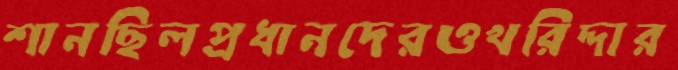
শানছিলপ্রধানদেরওখরিদ্দার